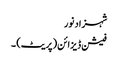
شہزاد نور
فیشن ڈیزائن (پریٹ) ۔